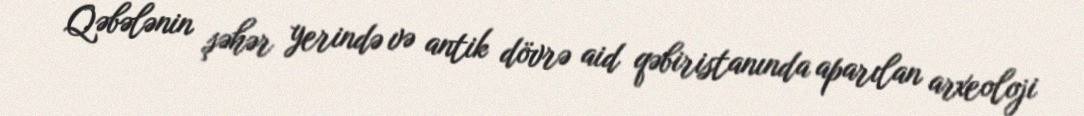
Qəbələnin şəhər yerində və antik dövrə aid qəbiristanında aparılan arxeoloji